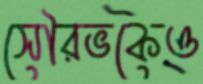
সৌরভকেও